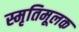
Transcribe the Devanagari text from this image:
स्मृतिमूलक